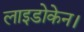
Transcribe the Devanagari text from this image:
लाइडोकेन।